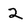
Character: 2